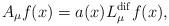
LaTeX: \begin{align*}A_{\mu}f(x)=a(x) L_{\mu}^{\rm dif}f(x),\end{align*}